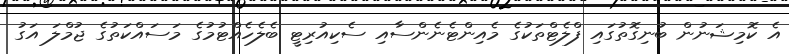
އެ ކޮމިޝަނުން ބުނިގޮތުގައި ފްލެޓްތަކުގެ މެއިންޓެނެންސާއި ސެކިއުރިޓީ ބެލެހެއްޓުމުގެ މަސައްކަތުގެ ޖުމްލަ އަގު